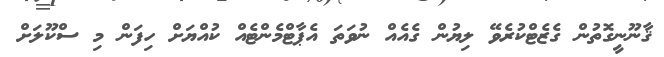
ޤާނޫނީގޮތުން ގެޒެޓްކުރެވޭ ލިޔުން ގެއެއް ނުވަތަ އެޕާޓްމެންޓެއް ކުއްޔަށް ހިފަން މި ސްކޫލަށް